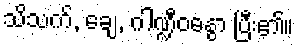
သိသက်, ချေ, ဂါဏ္ဍီဝဓနွာ ပြီး၏။